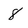
Character: 8